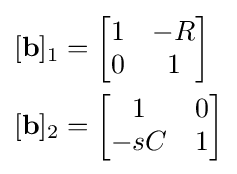
{\begin{aligned}[][\mathbf {b} ]_{1}&={\begin{bmatrix}1&-R\\0&1\end{bmatrix}}\\\lbrack \mathbf {b} \rbrack _{2}&={\begin{bmatrix}1&0\\-sC&1\end{bmatrix}}\end{aligned}}